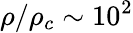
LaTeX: \rho/\rho_{c}\sim 10^{2}